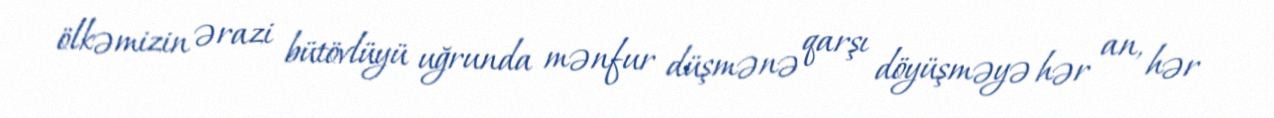
ölkəmizin ərazi bütövlüyü uğrunda mənfur düşmənə qarşı döyüşməyə hər an, hər